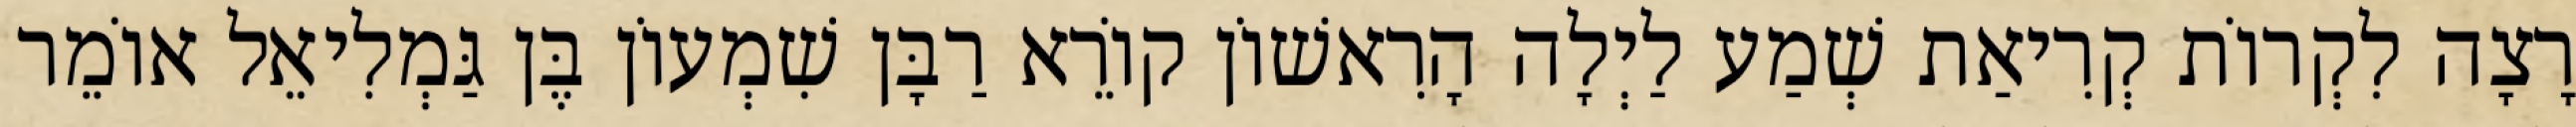
רָצָה לִקְרוֹת קְרִיאַת שְׁמַע לַיְלָה הָרִאשׁוֹן קוֹרֵא רַבָּן שִׁמְעוֹן בֶּן גַּמְלִיאֵל אוֹמֵר